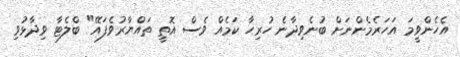
އެހެންވީމަ އަހަރެމެންނަށް ބުނެވިދާނެ ހުރިހާ ކަމެއް ވެސް އޮތީ ތައްޔާރުވެފައޭ" ބްލެޓާ ވިދާޅުވި